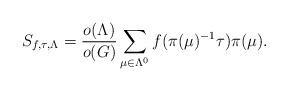
LaTeX: \begin{align*}S_{f, \tau, \Lambda}=\frac{o(\Lambda)}{o(G)}\sum_{\mu \in \Lambda^0}f(\pi(\mu)^{-1}\tau) \pi(\mu).\end{align*}